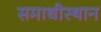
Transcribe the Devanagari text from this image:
समाधीस्थान